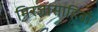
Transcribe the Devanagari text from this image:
मिरजासाहिबाँ